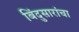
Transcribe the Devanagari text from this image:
बिंदुसारांचा